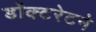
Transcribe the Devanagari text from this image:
डॉक्टरेटने